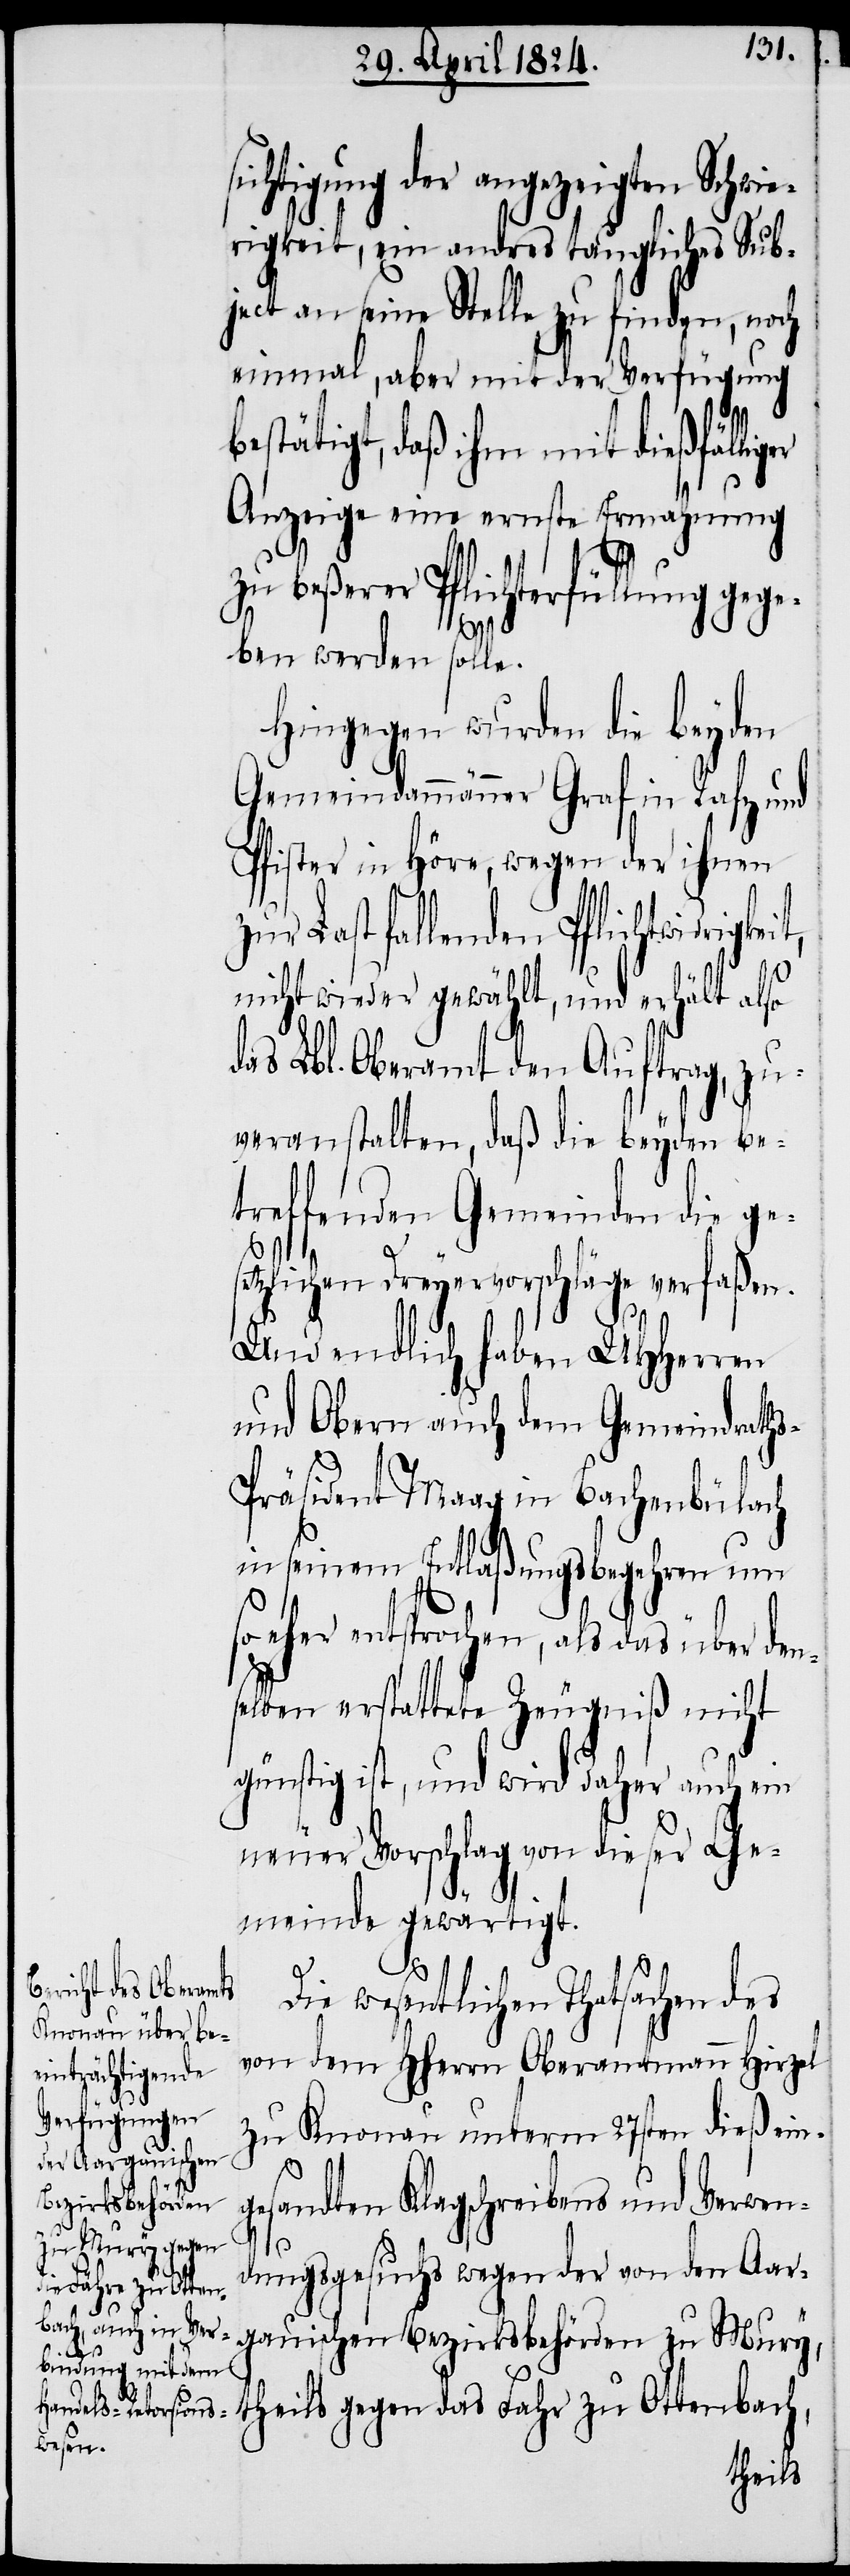
sichtigung der angezeigten Schwie¬
rigkeit, ein andres taugliches Sub¬
ject an seine Stelle zu finden, noch
einmal, aber mit der Verfügung
bestätigt, daß ihm mit dießfällig¬
Anzeige eine ernste Ermahnung
zu beßrer Pflichterfüllung gege¬
ben werden solle.
Hingegen wurden die beyden
Gemeindammänner Graf in Rafz und
Pfister in Höre, wegen der ihnen
Last fallenden Pflichtwidrig¬
nicht wieder gewählt, und erhält also
das Lbl. Oberamt den Auftrag, zu¬
veranstalten, daß die beyden be¬
treffenden Gemeinden die ges¬
etzlichen Dreyervorschläge verfaßen.
Und endlich haben UHHerren
und Obern auch dem Gemeindrath¬
räsident Maag in Bachenbülach
in seinem Entlaßungsbegehren um
eher entsprochen, als das über den¬
selben erstattete Zeugniß nicht
günstig ist, und wird daher auch ein
neuer Vorschlag von dieser Ge¬
meinde gewärtigt.
Die wesentlichen Thatsachen des
von dem HHerrn Oberamtmann Hirzel
zu Knonau unterm 27sten dieß ein¬
gesandten Klagschreibens und Verwen¬
er
dungsgesuchs wegen der von den Aar¬
gauischen Bezirksbehörden zu Mury,
s-P¬
theils gegen das Fahr zu Ottenbach,